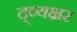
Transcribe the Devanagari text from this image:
द्व्यक्षर